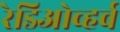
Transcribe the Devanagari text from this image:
रेडिओव्हर्व